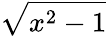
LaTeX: \sqrt{x^{2}-1}